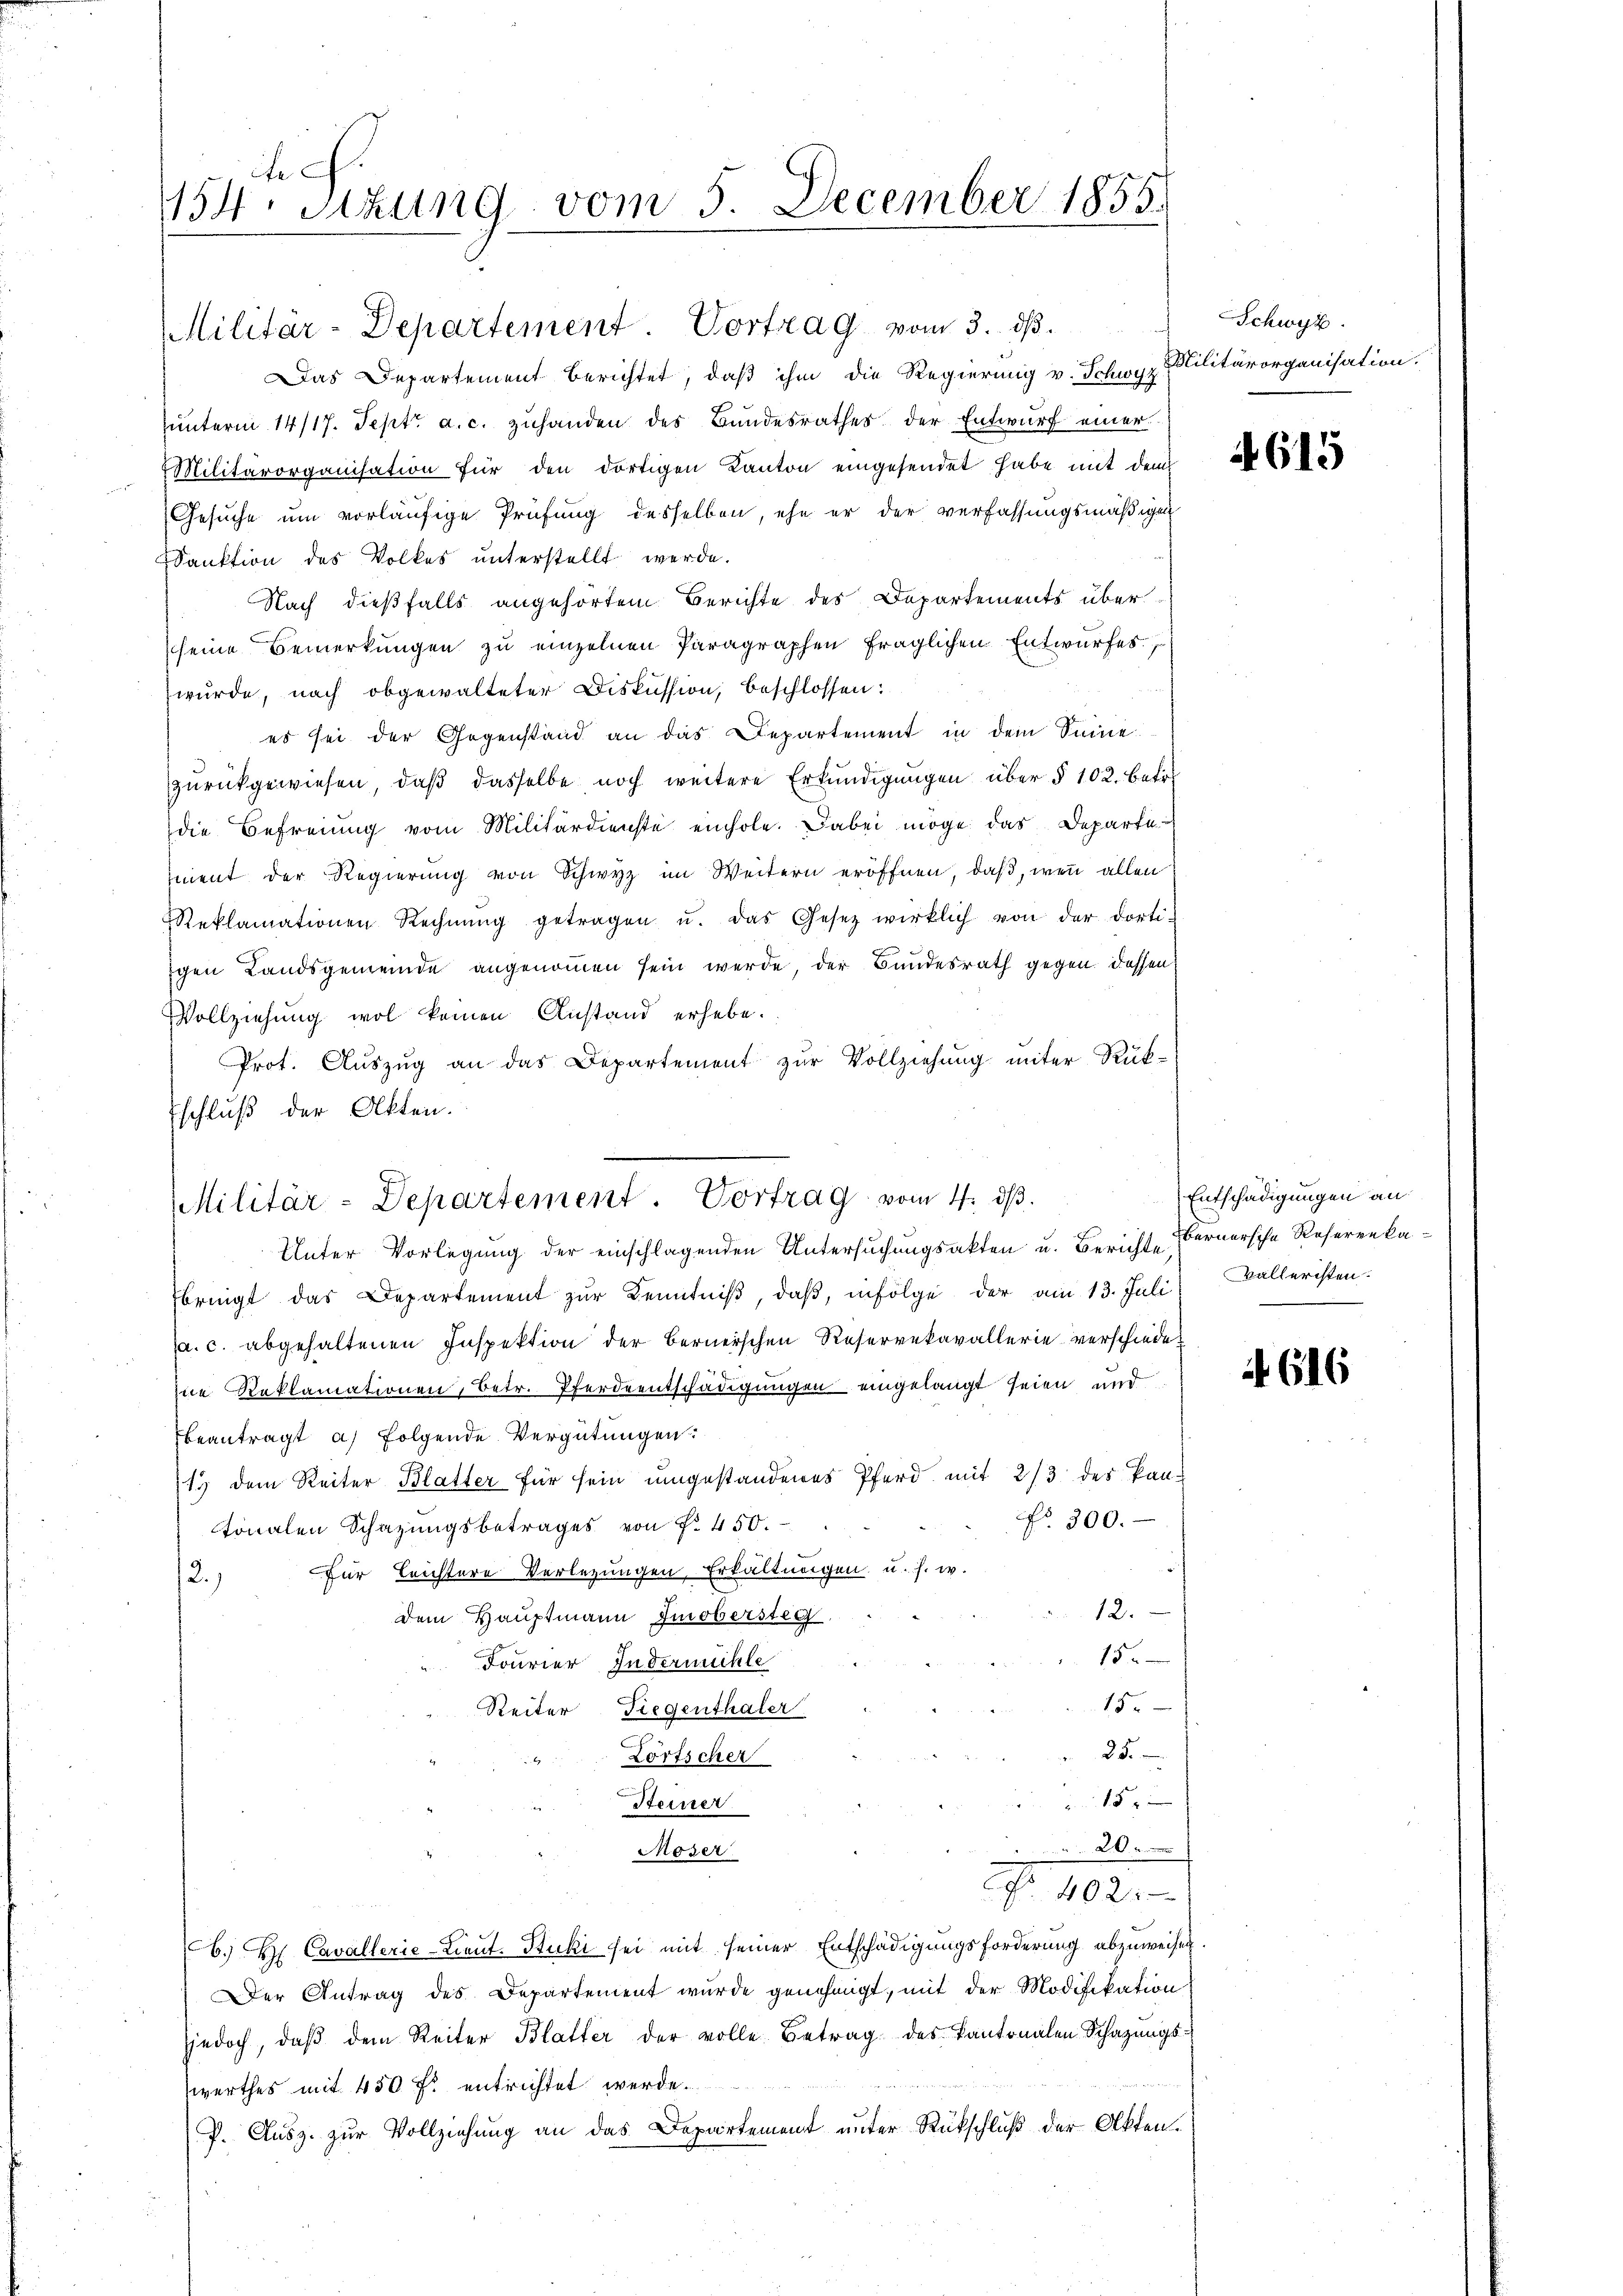
Militär-Departement. Vortrag vom 3. ds.
Das Departement berichtet, daß ihm die Regierung v. Schwyz
hunterm 14/17. Sept. a. c. zuhanden des Bundesrathes der Entwurf einer
Militärorganisation für den dortigen Kanton eingesendet habe mit dem
Gesuche um vorläufige Prüfung desselben, ehe er der verfassungsmäßigen
Sanktion des Volkes unterstellt werde.
Nach dießfalls angehörtem Berichte des Departements überseine Bemerkungen zu einzelnen Paragraphen fraglichen Entwurfes,
wurde, nach obgewalteter Diskussion, beschlossen:
es sei der Gegenstand an das Departement in dem Seine
zurückgewiesen, daß dasselbe noch weitere Erkundigungen über § 102. betr
die Befreiung vom Militärdienste einhole. Dabei möge das Departe
ment der Regierung von Schwyz im Weitern eröffnen, daß, wenn allen
Reklamationen Rechnŭng getragen u. das Gesetz wirklich von der dorti-
igen Landsgemeinde angenommen sein werde, der Bundesrath gegen dessen
Vollziehung wol keinen Anstand erhebe.
Prot. Auszug an das Departement zur Vollziehung unter Rückschluß der Akten.

154. Sitzung vom 5. December 1855.

Militär-Departement. Vortrag vom 4. ds.

Unter Vorlegung der einschlagenden Untersuchungsakten u. Berichte Bernersche Reseren kafbringt das Departement zŭr Kenntniβ, daβ infolge der am 13. Juli Balleristen.
(a. c. abgehaltenen Inspektion der Bernerschen Reservekavallerie verschiedene Reklamationen, betr. Pferdeentschädigungen eingelangt seien und
beantragt a) folgende Vergütungen.
13 dem Reiter Blatter für sein umgestandenes Pferd mit 2/3 des kan-
No. 300.
tonalen Schazungsbetrages von Nr. 450.
Für leichtere Verlegungen, Erkältungen u. s. w.
2.)
12.
dem Hauptmann Imobersteg
15.
Fourier Indermühle
15
Reiter Fiegenthaler
25.
Lörtscher
15
Steiner
20
Moser
 402
B. H. Cavallerie-Lieut. Stucki sei mit seiner Entschädigungsforderung abzuweisen.
Der Antrag des Departement wurde genehmigt, mit der Modifikation
sjedoch, daβ dem Reiter Blatter der volle Betrag des Kantonalen Schazungs-
werthes mit 450 fl entrichtet werde.
P. Ausz. zur Vollziehung an das Departement unter Rückschluß der Akten.

Schwyz.
Militärorganisation.

4615

Entschädigungen an

if. 616